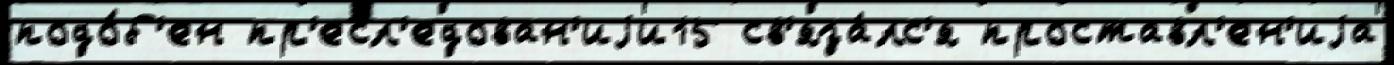
подо́б'ен пр'есл'едован'иjи15 св'яза́лс'я проставл'ен'иjа